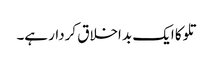
تلوکا ایک بد اخلاق کردار ہے۔